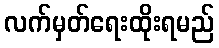
လက်မှတ်ရေးထိုးရမည်